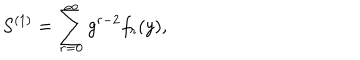
LaTeX: S ^ { ( 1 ) } = \sum _ { r = 0 } ^ { \infty } g ^ { r - 2 } f _ { r } ( y ) ,